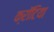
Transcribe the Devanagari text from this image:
क्रॉटिया